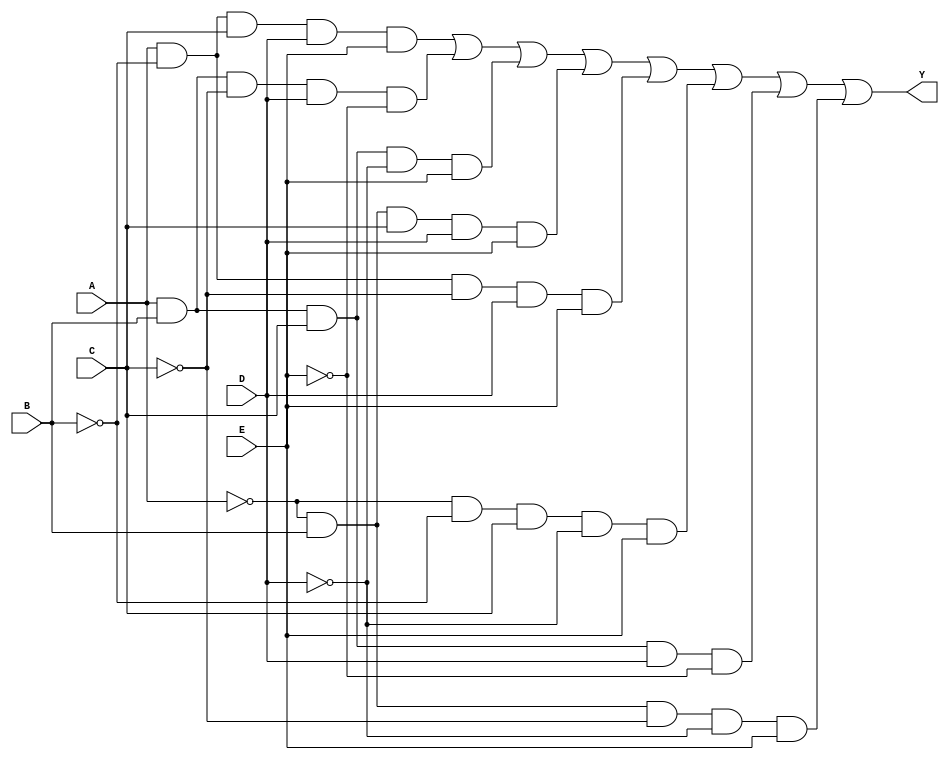
module five_variable_kmap (
    input wire A,  // Input variable A
    input wire B,  // Input variable B
    input wire C,  // Input variable C
    input wire D,  // Input variable D
    input wire E,  // Input variable E
    output wire Y  // Output variable Y
);

// K-map implementation
// The output Y is derived from the K-map simplification.
// The K-map has 32 cells for 5 variables (A, B, C, D, E).
// Here, we define the output based on the groups formed in the K-map.
// The following example assumes a hypothetical K-map simplification.
// You should replace the output logic with the actual minimized expression derived from your K-map.

assign Y = (A & ~B & C & D & E) | // Group 1
           (A & B & ~C & D & ~E) | // Group 2
           (A & B & C & ~D & E) | // Group 3
           (~A & B & C & D & E) | // Group 4
           (A & ~B & ~C & D & E) | // Group 5
           (~A & ~B & C & ~D & E) | // Group 6
           (A & B & C & D & ~E) | // Group 7
           (~A & B & ~C & ~D & E); // Group 8

endmodule